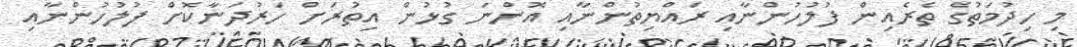
މި ހިދުމަތުގެ ތެރެއިން ފުލުހުންނާއި ރައްޔިތުންނާއި އޮންނަ ގުޅުން އިތުރަށް ހަރުދަނާކޮށް ފުލުހުންނާއި